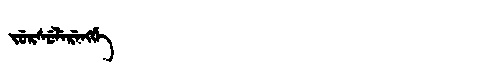
Manchu: ᠵᡠᡵᠰᡠᠯᡝᡵᡝᠩᡤᡝ
Romanization: JURSULERENGGE